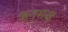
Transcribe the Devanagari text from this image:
ऋतुसह्य